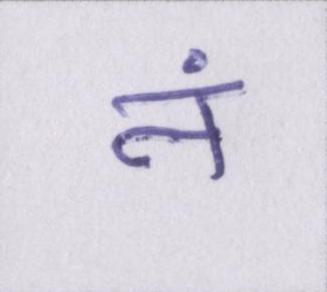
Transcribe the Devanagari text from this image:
नं